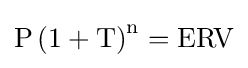
\mathrm {P\left(1+T\right)^{n}=ERV}